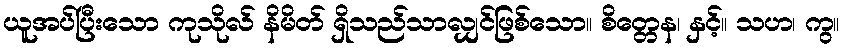
ယူအပ်ပြီးသော ကုသိုလ် နိမိတ် ရှိသည်သာလျှင်ဖြစ်သော။ စိတ္တေန၊ နှင့်။ သဟ၊ ကွ။